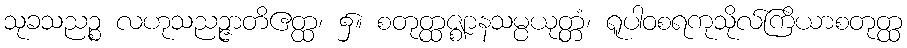
သုခသညဉ္စ လဟုသညဉ္ဇာတိဧတ္ထ၊ ၌။ စတုတ္ထဇ္ဈာနသမ္ပယုတ္တံ၊ ရူပါဝစရကုသိုလ်ကြိယာစတုတ္ထ